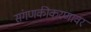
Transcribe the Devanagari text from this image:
संगणकीकरणावर